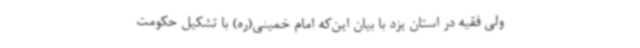
ولی فقیه در استان یزد با بیان این‌که امام خمینی(ره) با تشکیل حکومت